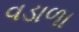
વડાળા